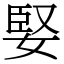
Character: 婜